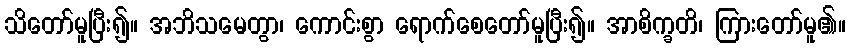
သိတော်မူပြီး၍။ အဘိသမေတွာ၊ ကောင်းစွာ ရောက်စေတော်မူပြီး၍။ အာစိက္ခတိ၊ ကြားတော်မူ၏။